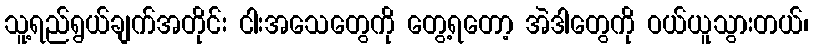
သူ့ရည်ရွယ်ချက်အတိုင်း ငါးအသေတွေကို တွေ့ရတော့ အဲဒါတွေကို ဝယ်ယူသွားတယ်၊